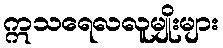
ဣသရေလလူမျိုးများ